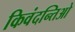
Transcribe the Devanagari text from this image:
किवंदन्तिओ